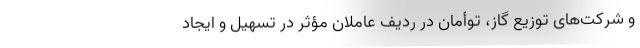
و شرکت‌های توزیع گاز، توأمان در ردیف عاملان مؤثر در تسهیل و ایجاد